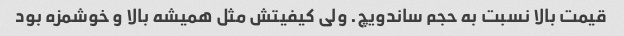
قیمت بالا نسبت به حجم ساندویچ. ولی کیفیتش مثل همیشه بالا و خوشمزه بود